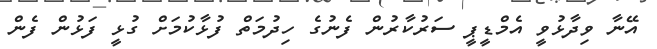
އޭނާ ވިދާޅުވީ އެމްޑީޕީ ސަރުކާރުން ފެނުގެ ހިދުމަތް ފުޅާކުމަށް ގުޅީ ފަޅުން ފެން